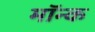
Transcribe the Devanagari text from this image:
मॉन्क